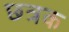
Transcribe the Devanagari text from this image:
छ्त्रक